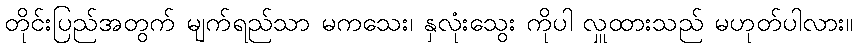
တိုင်းပြည်အတွက် မျက်ရည်သာ မကသေး၊ နှလုံးသွေး ကိုပါ လှူထားသည် မဟုတ်ပါလား။